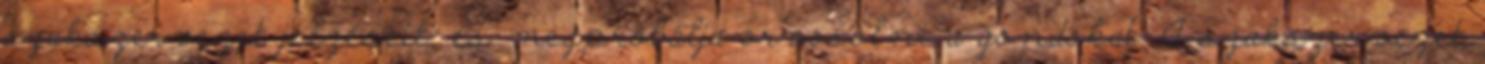
szakszervezet jelzéseit, és megpróbálja orvosolni a gondokat. A szakszervezet